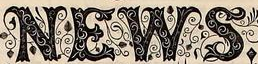
NEWS